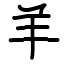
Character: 羊